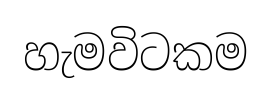
හැමවිටකම